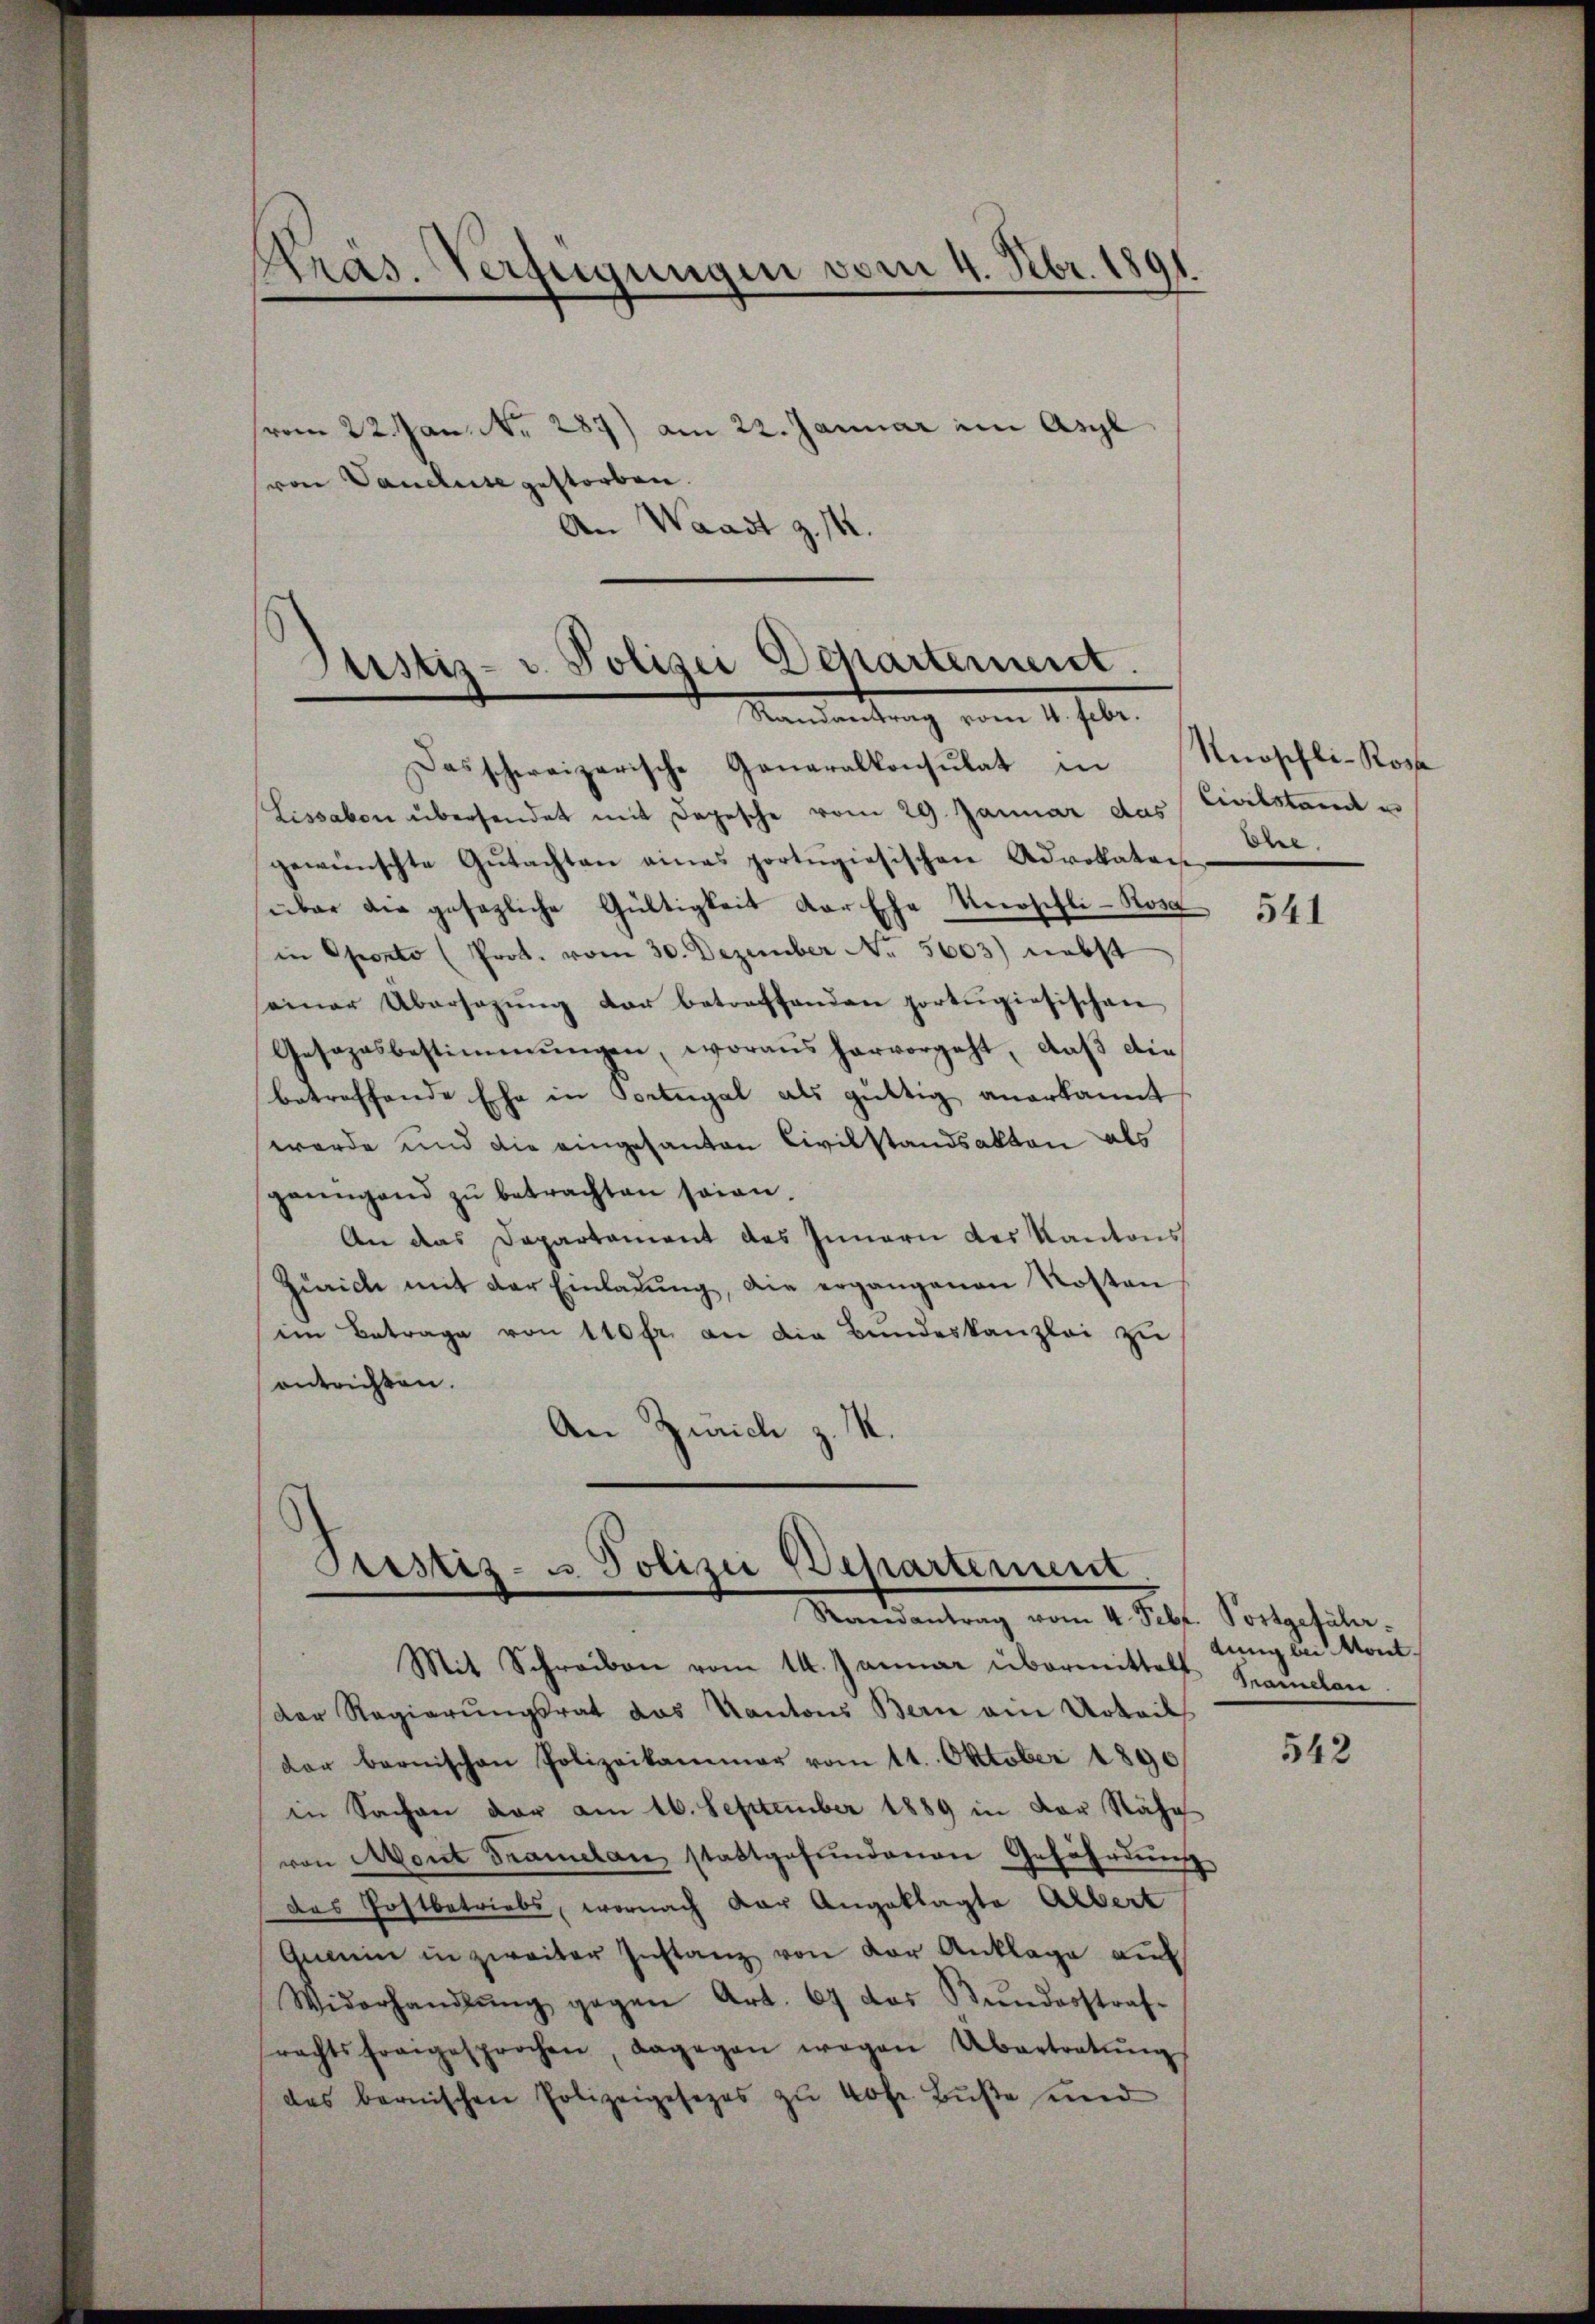
Pras. Verfügungen vom 4. Febr. 181
.

vom 22. Jan. N. 287) am 22. Januar ein Asyl
von Vandluse gestorben.
An Waadt z. 14.

Justiz- u. Polizei Departement.
Mandankung vom 14. Jete.

Das schweizerische Generalkonsulat in Nüschli-Koste
Lissabon übersendet mit Depesche vom 29. Januar das Civilstand u
gewünschte Gŭtachten eines portigiesischen Advokatei-
über die gesezliche Gültigkeit der Ehe Neerschli-Rosa
in Oponto (Prot. vom 30. Dezember No. 5603) nebst
seiner Übersagung der betreffenden portŭgiesischen
Gesezesbestimmungen, woraus hervorgeht, daß diebetreffende Ehe in Portugal als gültig anerkannt
werde und die eingesanten Civilstandsakten als
gaengend zŭ betrachten sein.
An das Departonient des Innern des Kantons
Zürich mit der Einladŭng, die ergangenen Nosten
ein Betrage von 140 fr. an die Bŭndeskanzlei zu
entrichten.
An Zürich z. M.

Prustiz- u. Polizei Departement
Randantrag vom 4. Febr. Postgefähr-
Mit Schreiben vom 14. Januar übermittelt Kramelan

Der Regierŭngsrat das Kantons Bern ain Urteils
dar bernischen Polizeikammer vom 11. Oktober 1890
in Sachen der am 16. September 1889 in der Nähe
von Mont Tramelanz stattgefŭndenen Gefährdŭng
das Postbetriebs, wornach der Angeklagte Albert
Gemein in zweiter Instanz von vor Anklage auf
Widerhandlŭng gegen Art. 67 das Stŭndesstraf-
rachtsfragesprochen, dagegen wegen Übertratŭng
des bernischen Polizeigesezes zŭ kofr. Bŭβe und

Obel.

541

lung bei Mont

542